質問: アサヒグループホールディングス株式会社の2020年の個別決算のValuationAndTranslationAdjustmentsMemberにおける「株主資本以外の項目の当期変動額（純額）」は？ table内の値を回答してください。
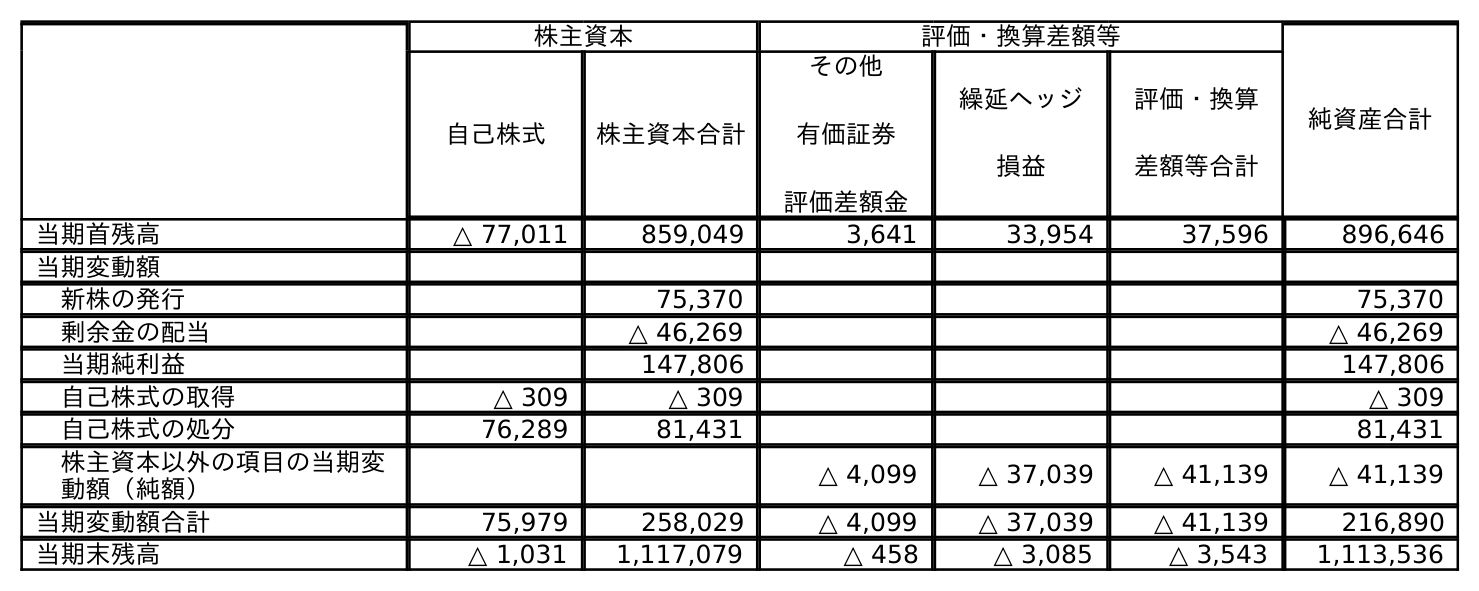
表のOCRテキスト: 株主資本 評価・換算差額等 純資産合計 自己株式 株主資本合計 その他 有価証券 評価差額金 繰延ヘッジ 損益 評価・換算 差額等合計 当期首残高 △ 77,011 859,049 3,641 33,954 37,596 896,646 当期変動額 新株の発行 75,370 75,370 剰余金の配当 △ 46,269 △ 46,269 当期純利益 147,806 147,806 自己株式の取得 △ 309 △ 309 △ 309 自己株式の処分 76,289 81,431 81,431 株主資本以外の項目の当期変 動額（純額） △ 4,099 △ 37,039 △ 41,139 △ 41,139 当期変動額合計 75,979 258,029 △ 4,099 △ 37,039 △ 41,139 216,890 当期末残高 △ 1,031 1,117,079 △ 458 △ 3,085 △ 3,543 1,113,536
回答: △41,139